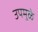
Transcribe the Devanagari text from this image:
उपमुळे